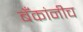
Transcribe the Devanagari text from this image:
बँकांनीच